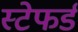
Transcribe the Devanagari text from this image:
स्टेफर्ड